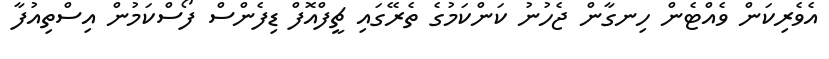
އެވެރިކަން ވެއްޓެން ހިނގާން ޖެހުނު ކަންކަމުގެ ތެރޭގައި ޗީފްއޮފް ޑިފެންސް ފޯސްކަމުން އިސްތިއުފާ